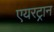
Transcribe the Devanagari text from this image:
एयरट्रान